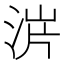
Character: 𣵙